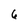
Character: 6